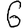
Digit: 6